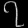
Digit: ၇